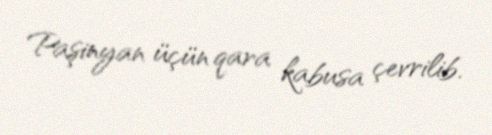
Paşinyan üçün qara kabusa çevrilib.